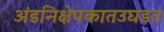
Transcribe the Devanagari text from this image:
अंडनिक्षेपकातउघडत